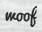
woof